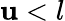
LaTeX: \mathbf{u}<l